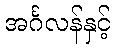
အင်္ဂလန်နှင့်